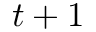
t + 1